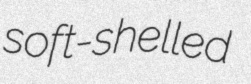
soft-shelled